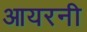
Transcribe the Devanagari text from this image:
आयरनी